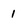
Character: 1